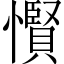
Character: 𢤞